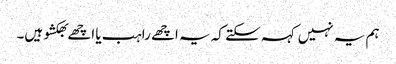
ہم یہ نہیں کہہ سکتے کہ یہ اچھے راہب یا اچھے بھکشو ہیں۔